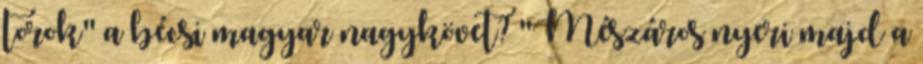
torok" a bécsi magyar nagykövet? "Mészáros nyeri majd a